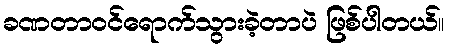
ခဏတာဝင်ရောက်သွားခဲ့တာပဲ ဖြစ်ပါတယ်။